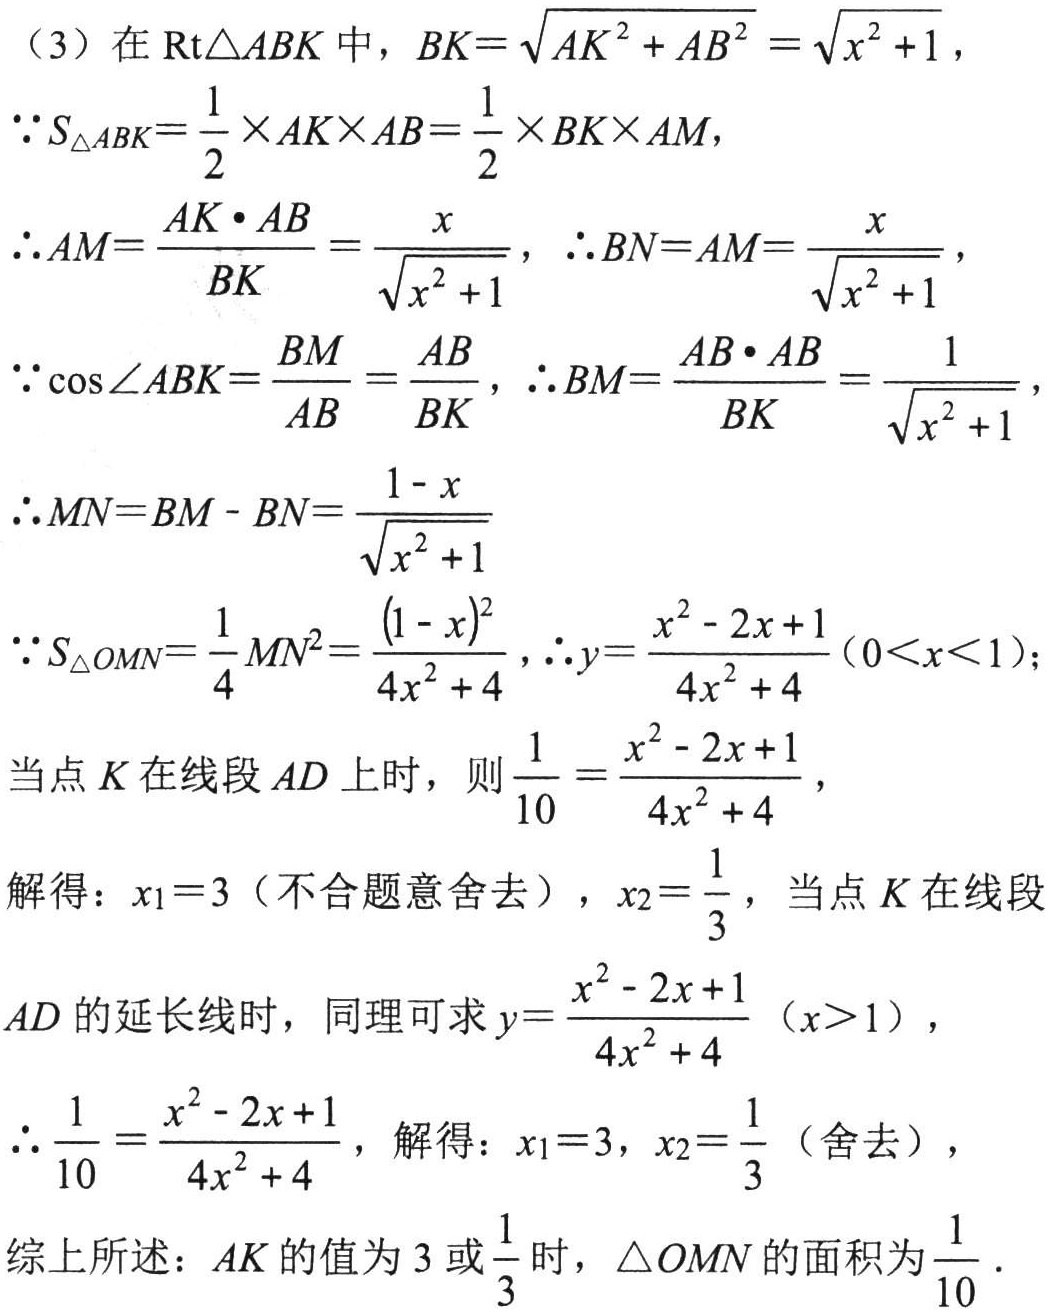
(3) 在 \(\text{Rt}\triangle ABK\) 中，\(BK = \sqrt{AK^{2}+AB^{2}}=\sqrt{x^{2}+1}\)，
\(\because S_{\triangle ABK}=\frac{1}{2}\times AK\times AB=\frac{1}{2}\times BK\times AM\)，
\(\therefore AM = \frac{AK\cdot AB}{BK}=\frac{x}{\sqrt{x^{2}+1}}\)，\(\therefore BN = AM=\frac{x}{\sqrt{x^{2}+1}}\)，
\(\because \cos\angle ABK=\frac{BM}{AB}=\frac{AB}{BK}\)，\(\therefore BM=\frac{AB\cdot AB}{BK}=\frac{1}{\sqrt{x^{2}+1}}\)
\(\therefore MN = BM - BN=\frac{1 - x}{\sqrt{x^{2}+1}}\)
\(\because S_{\triangle  OMN}=\frac{1}{4}MN^{2}=\frac{(1 - x)^{2}}{4x^{2}+4}\)，\(\therefore y = \frac{x^{2}-2x + 1}{4x^{2}+4}(0\lt x\lt1)\)；
当点 \(K\) 在线段 \(AD\) 上时，则 \(\frac{1}{10}=\frac{x^{2}-2x + 1}{4x^{2}+4}\)，
解得：\(x_{1}=3\)（不合题意舍去），\(x_{2}=\frac{1}{3}\)，当点 \(K\) 在线段
\(AD\) 的延长线时，同理可求 \(y=\frac{x^{2}-2x + 1}{4x^{2}+4}(x\gt1)\)，
\(\therefore \frac{1}{10}=\frac{x^{2}-2x + 1}{4x^{2}+4}\)，解得：\(x_{1}=3\)，\(x_{2}=\frac{1}{3}\)（舍去），
综上所述：\(AK\) 的值为 \(3\) 或 \(\frac{1}{3}\) 时，\(\triangle  OMN\) 的面积为 \(\frac{1}{10}\)．